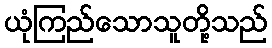
ယုံကြည်သောသူတို့သည်